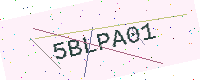
Text: 5BLPA01